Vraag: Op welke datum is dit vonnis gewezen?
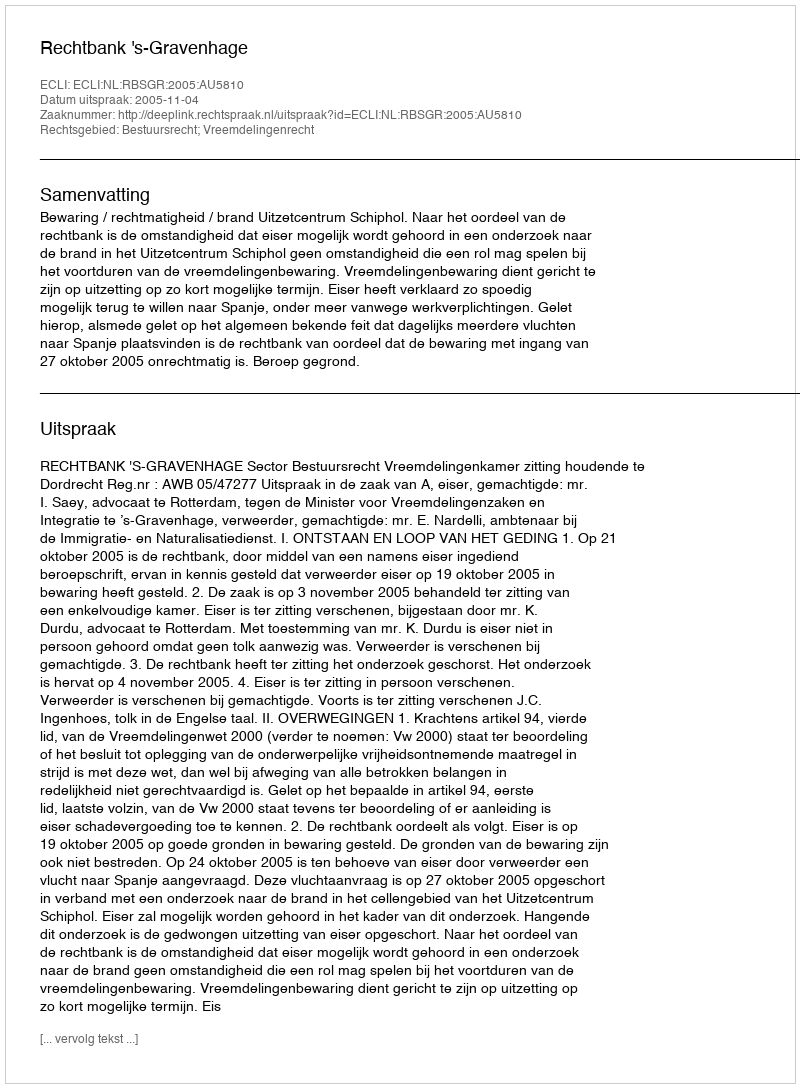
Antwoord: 2005-11-04